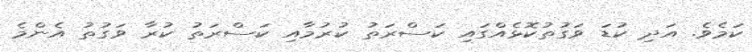
ކަމެވެ. އަދި ކުޑަ ވަގުތުކޮޅެއްގައި ކަސްރަތު ކުރުމާއި ކަސްރަތު ކުރާ ވަގުތު އެންމެ